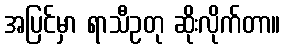
အပြင်မှာ ရာသီဥတု ဆိုးလိုက်တာ။